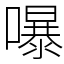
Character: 嚗